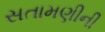
સતામણીની